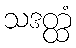
သဒတ္ထံ